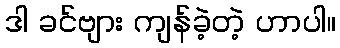
ဒါ ခင်ဗျား ကျန်ခဲ့တဲ့ ဟာပါ။